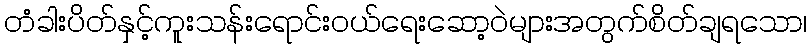
တံခါးပိတ်နှင့်ကူးသန်းရောင်းဝယ်ရေးဆော့ဝဲများအတွက်စိတ်ချရသော၊